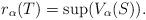
LaTeX: \begin{align*}r_\alpha(T) = \sup( V_\alpha(S)).\end{align*}